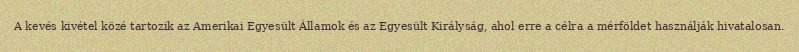
A kevés kivétel közé tartozik az Amerikai Egyesült Államok és az Egyesült Királyság, ahol erre a célra a mérföldet használják hivatalosan.